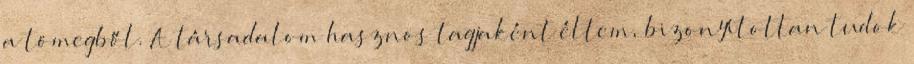
a tömegből. A társadalom hasznos tagjaként éltem, bizonyítottan tudok